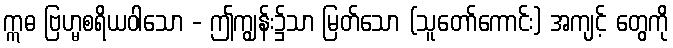
ဣဓ ဗြဟ္မစရိယဝါသော - ဤကျွန်း၌သာ မြတ်သော (သူတော်ကောင်း) အကျင့် တွေကို